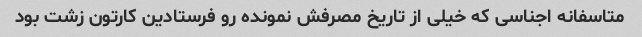
متاسفانه اجناسی که خیلی از تاریخ مصرفش نمونده رو فرستادین کارتون زشت بود